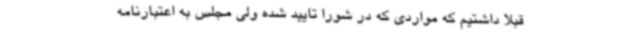
قبلا داشتیم که مواردی که در شورا تایید شده ولی مجلس به اعتبارنامه